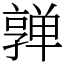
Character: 亸